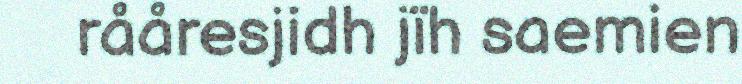
rååresjidh jïh saemien